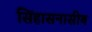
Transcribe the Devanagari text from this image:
सिंहासनासीब